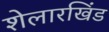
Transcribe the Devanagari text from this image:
शेलारखिंड